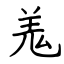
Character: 羗